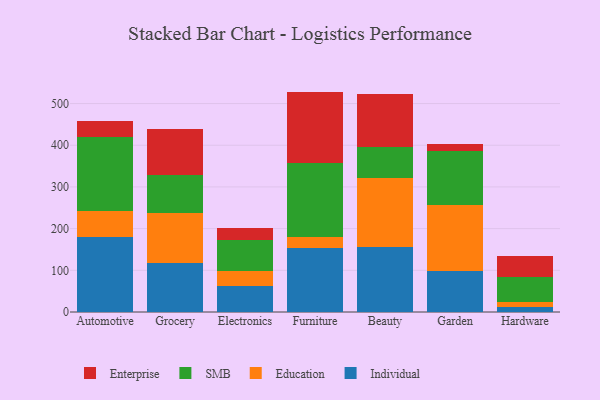
{"axis": {"x": "Category", "y": "Gross Profit (USD K)"}, "legend": ["Education", "Enterprise", "Individual", "SMB"], "data": [{"x": "Automotive", "y": 179.1, "type": "Individual"}, {"x": "Automotive", "y": 63.9, "type": "Education"}, {"x": "Automotive", "y": 176.5, "type": "SMB"}, {"x": "Automotive", "y": 38.3, "type": "Enterprise"}, {"x": "Grocery", "y": 118.2, "type": "Individual"}, {"x": "Grocery", "y": 118.8, "type": "Education"}, {"x": "Grocery", "y": 92.2, "type": "SMB"}, {"x": "Grocery", "y": 109.8, "type": "Enterprise"}, {"x": "Electronics", "y": 62.5, "type": "Individual"}, {"x": "Electronics", "y": 35.5, "type": "Education"}, {"x": "Electronics", "y": 74.9, "type": "SMB"}, {"x": "Electronics", "y": 28.8, "type": "Enterprise"}, {"x": "Furniture", "y": 153.7, "type": "Individual"}, {"x": "Furniture", "y": 27.3, "type": "Education"}, {"x": "Furniture", "y": 176.9, "type": "SMB"}, {"x": "Furniture", "y": 170.8, "type": "Enterprise"}, {"x": "Beauty", "y": 156.1, "type": "Individual"}, {"x": "Beauty", "y": 165.9, "type": "Education"}, {"x": "Beauty", "y": 75.0, "type": "SMB"}, {"x": "Beauty", "y": 127.0, "type": "Enterprise"}, {"x": "Garden", "y": 98.6, "type": "Individual"}, {"x": "Garden", "y": 157.1, "type": "Education"}, {"x": "Garden", "y": 130.6, "type": "SMB"}, {"x": "Garden", "y": 16.8, "type": "Enterprise"}, {"x": "Hardware", "y": 12.3, "type": "Individual"}, {"x": "Hardware", "y": 11.3, "type": "Education"}, {"x": "Hardware", "y": 61.0, "type": "SMB"}, {"x": "Hardware", "y": 48.8, "type": "Enterprise"}]}